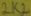
Text: 2K2